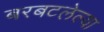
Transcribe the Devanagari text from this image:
बरबटलेल्या